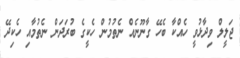
ޖަލީލް ވިދާޅުވީ ހެއްކާ ބެހޭ ގާނޫނެއް ނެތުމުން ހެކީގެ ބުރަދަން ނެތުމާއި ހެކިދޭ